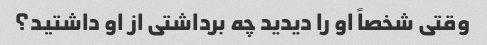
وقتی شخصاً او را دیدید چه برداشتی از او داشتید؟